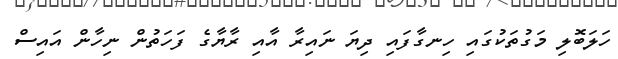
ހަލަބޮލި މަގުތަކުގައި ހިނގާފައި ދިޔަ ނައިރާ އާއި ރާޔާގެ ފަހަތުން ނިހާން އައިސް